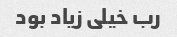
رب خیلی زیاد بود